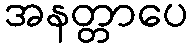
အနတ္တာပေ